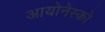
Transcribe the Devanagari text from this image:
आयोनेस्को